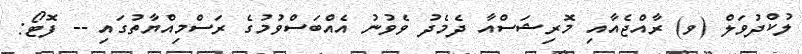
ލުކްދުވަލް (ވ) ރާއްޖެއާއި މޮރިޝަސްއާ ދެމެދު ވެވުނު އެއްބަސްވުމުގެ ރަސްމިއްޔާތުގައި -- ފޮޓޯ: